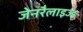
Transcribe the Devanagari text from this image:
जेनरैलाइज्ड